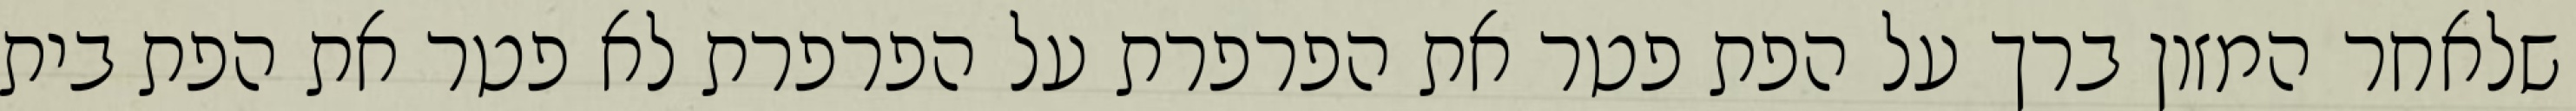
שלאחר המזון ברך על הפת פטר את הפרפרת על הפרפרת לא פטר את הפת בית